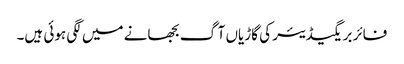
فائر بریگیڈیئر کی گاڑیاں آگ بجھانے میں لگی ہوئی ہیں۔